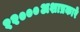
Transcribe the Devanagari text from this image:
१२०००अशाप्रकारे